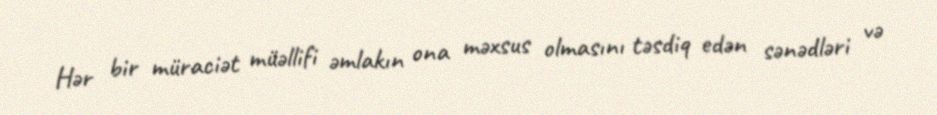
Hər bir müraciət müəllifi əmlakın ona məxsus olmasını təsdiq edən sənədləri və